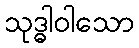
သုဒ္ဓါဝါသော